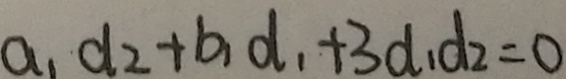
a _ { 1 } d _ { 2 } + b _ { 1 } d _ { 1 } + 3 d _ { 1 } d _ { 2 } = 0